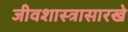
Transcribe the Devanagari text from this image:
जीवशास्त्रासारखे